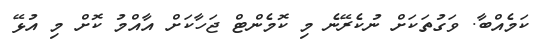
ކަމެއްބާ. ވަގުތަކަށް ނުކެރޭނެ މި ކޮމެންޓް ޖަހާކަށް އާއްމު ކޮށް މި އުޅޭ